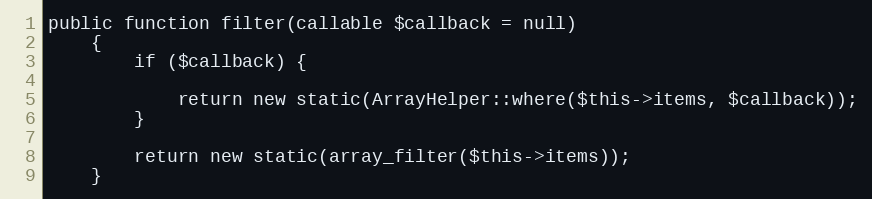
Language: PHP
public function filter(callable $callback = null)
    {
        if ($callback) {

            return new static(ArrayHelper::where($this->items, $callback));
        }

        return new static(array_filter($this->items));
    }